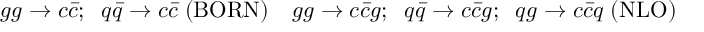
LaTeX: g g \rightarrow c \bar { c } ; \; \; q \bar { q } \rightarrow c \bar { c } \; ( \mathrm { B O R N } ) \quad g g \rightarrow c \bar { c } g ; \; \; q \bar { q } \rightarrow c \bar { c } g ; \; \; q g \rightarrow c \bar { c } q \; ( \mathrm { N L O } )